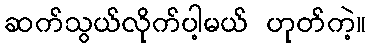
ဆက်သွယ်လိုက်ပါ့မယ် ဟုတ်ကဲ့။